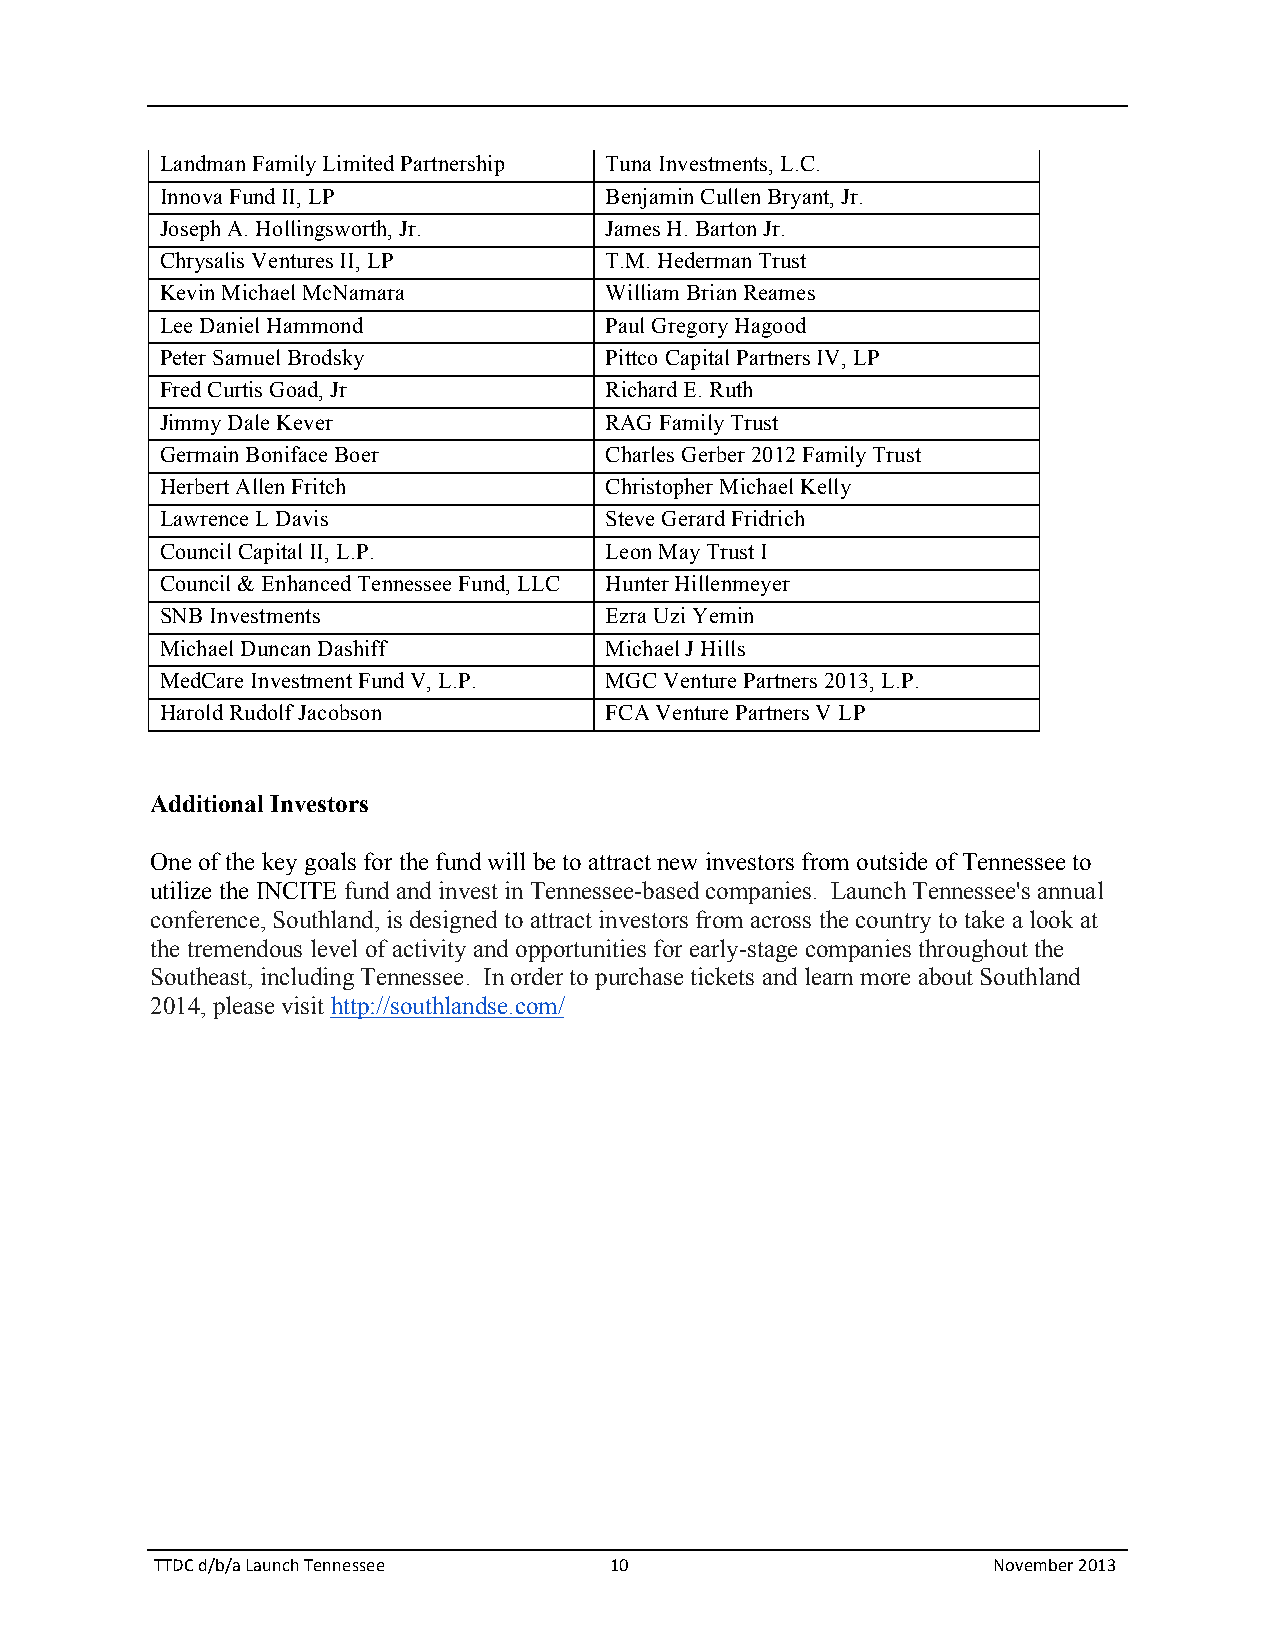
Landman Family Limited Partnership Tuna Investments, L.C.
 Innova Fund II, LP           Benjamin Cullen Bryant, Jr.
 Joseph A. Hollingsworth, Jr. James H. Barton Jr.
 Chrysalis Ventures II, LP    T.M. Hederman Trust
 Kevin Michael McNamara       William Brian Reames
 Lee Daniel Hammond           Paul Gregory Hagood
 Peter Samuel Brodsky         Pittco Capital Partners IV, LP
 Fred Curtis Goad, Jr         Richard E. Ruth
 Jimmy Dale Kever             RAG Family Trust
 Germain Boniface Boer        Charles Gerber 2012 Family Trust
 Herbert Allen Fritch         Christopher Michael Kelly
 Lawrence L Davis             Steve Gerard Fridrich
 Council Capital II, L.P.     Leon May Trust I
 Council & Enhanced Tennessee Fund, LLC Hunter Hillenmeyer
 SNB Investments              Ezra Uzi Yemin
 Michael Duncan Dashiff       Michael J Hills
 MedCare Investment Fund V, L.P. MGC Venture Partners 2013, L.P.
 Harold Rudolf Jacobson       FCA Venture Partners V LP
 Additional Investors
 One of the key goals for the fund will be to attract new investors from outside of Tennessee to
 utilize the INCITE fund and invest in Tennessee-based companies. Launch Tennessee's annual
 conference, Southland, is designed to attract investors from across the country to take a look at
 the tremendous level of activity and opportunities for early-stage companies throughout the
 Southeast, including Tennessee. In order to purchase tickets and learn more about Southland
 2014, please visit http://southlandse.com/
 TTDC d/b/a Launch Tennessee   10                        November 2013